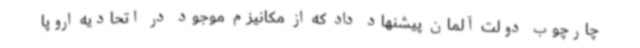
چارچوب دولت آلمان پیشنهاد داد که از مکانیزم موجود در اتحادیه اروپا